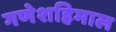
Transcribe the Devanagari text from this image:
गणेशहिमाल